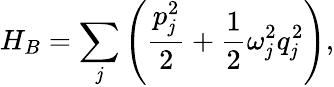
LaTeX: H_{B}=\sum_{\mathit{j}}\left(\frac{{p_{\mathit{j}}^{2}}}{{2}}+\frac{{1}}{{2}}\omega_{\mathit{j}}^{2}q_{\mathit{j}}^{2}\right),